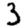
Digit: 3